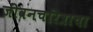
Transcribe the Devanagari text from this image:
जीवनचरित्राचा